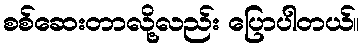
စစ်ဆေးတာလို့လည်း ပြောပါတယ်။